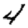
Digit: 4